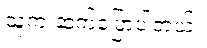
သူက ဆက်ပြောပါတယ်။